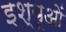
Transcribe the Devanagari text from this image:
इश्यूओं